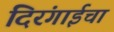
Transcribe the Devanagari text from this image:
दिरंगाईचा